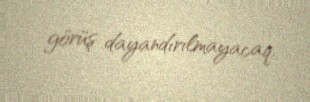
görüş dayandırılmayacaq.